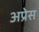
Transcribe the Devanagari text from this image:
अप्रेस